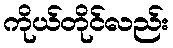
ကိုယ်တိုင်လည်း